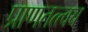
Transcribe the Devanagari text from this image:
प्राणतत्त्वच